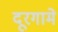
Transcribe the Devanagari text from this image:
दूरगामे